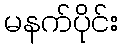
မနက်ပိုင်း